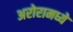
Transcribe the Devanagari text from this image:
अरोरामध्ये